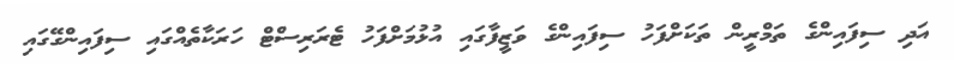
އަދި ސިފައިންގެ ތަމްރީން ތަކަށްފަހު ސިފައިންގެ ވަޒީފާގައި އުޅުމަށްފަހު ޓެރަރިސްޓް ހަރަކާތެއްގައި ސިފައިންގޭގައި